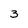
Character: 3